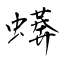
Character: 蠎